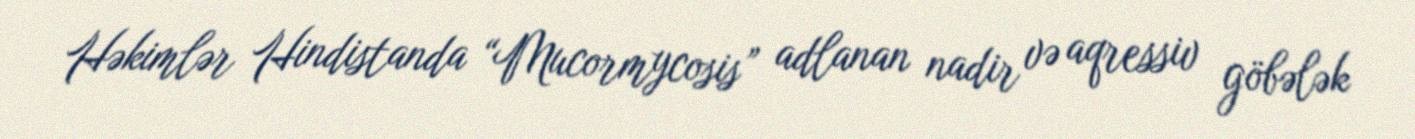
Həkimlər Hindistanda “Mucormycosis” adlanan nadir və aqressiv göbələk